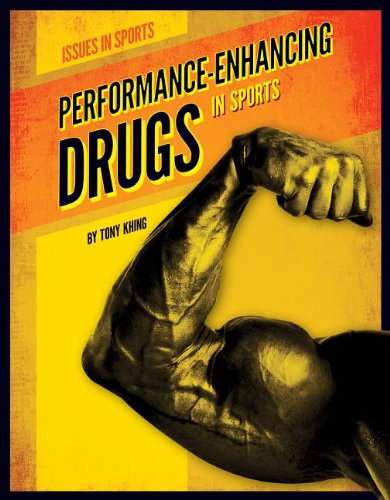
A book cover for Performance-Enhancing Drugs in Sports (Issues in Sports); Tony Khing; Teen & Young Adult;